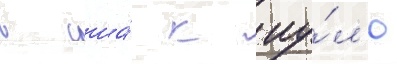
в сша́ к иу́л'ю